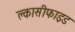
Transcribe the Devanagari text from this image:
क्लासीफाइड